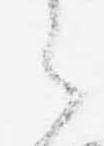
之